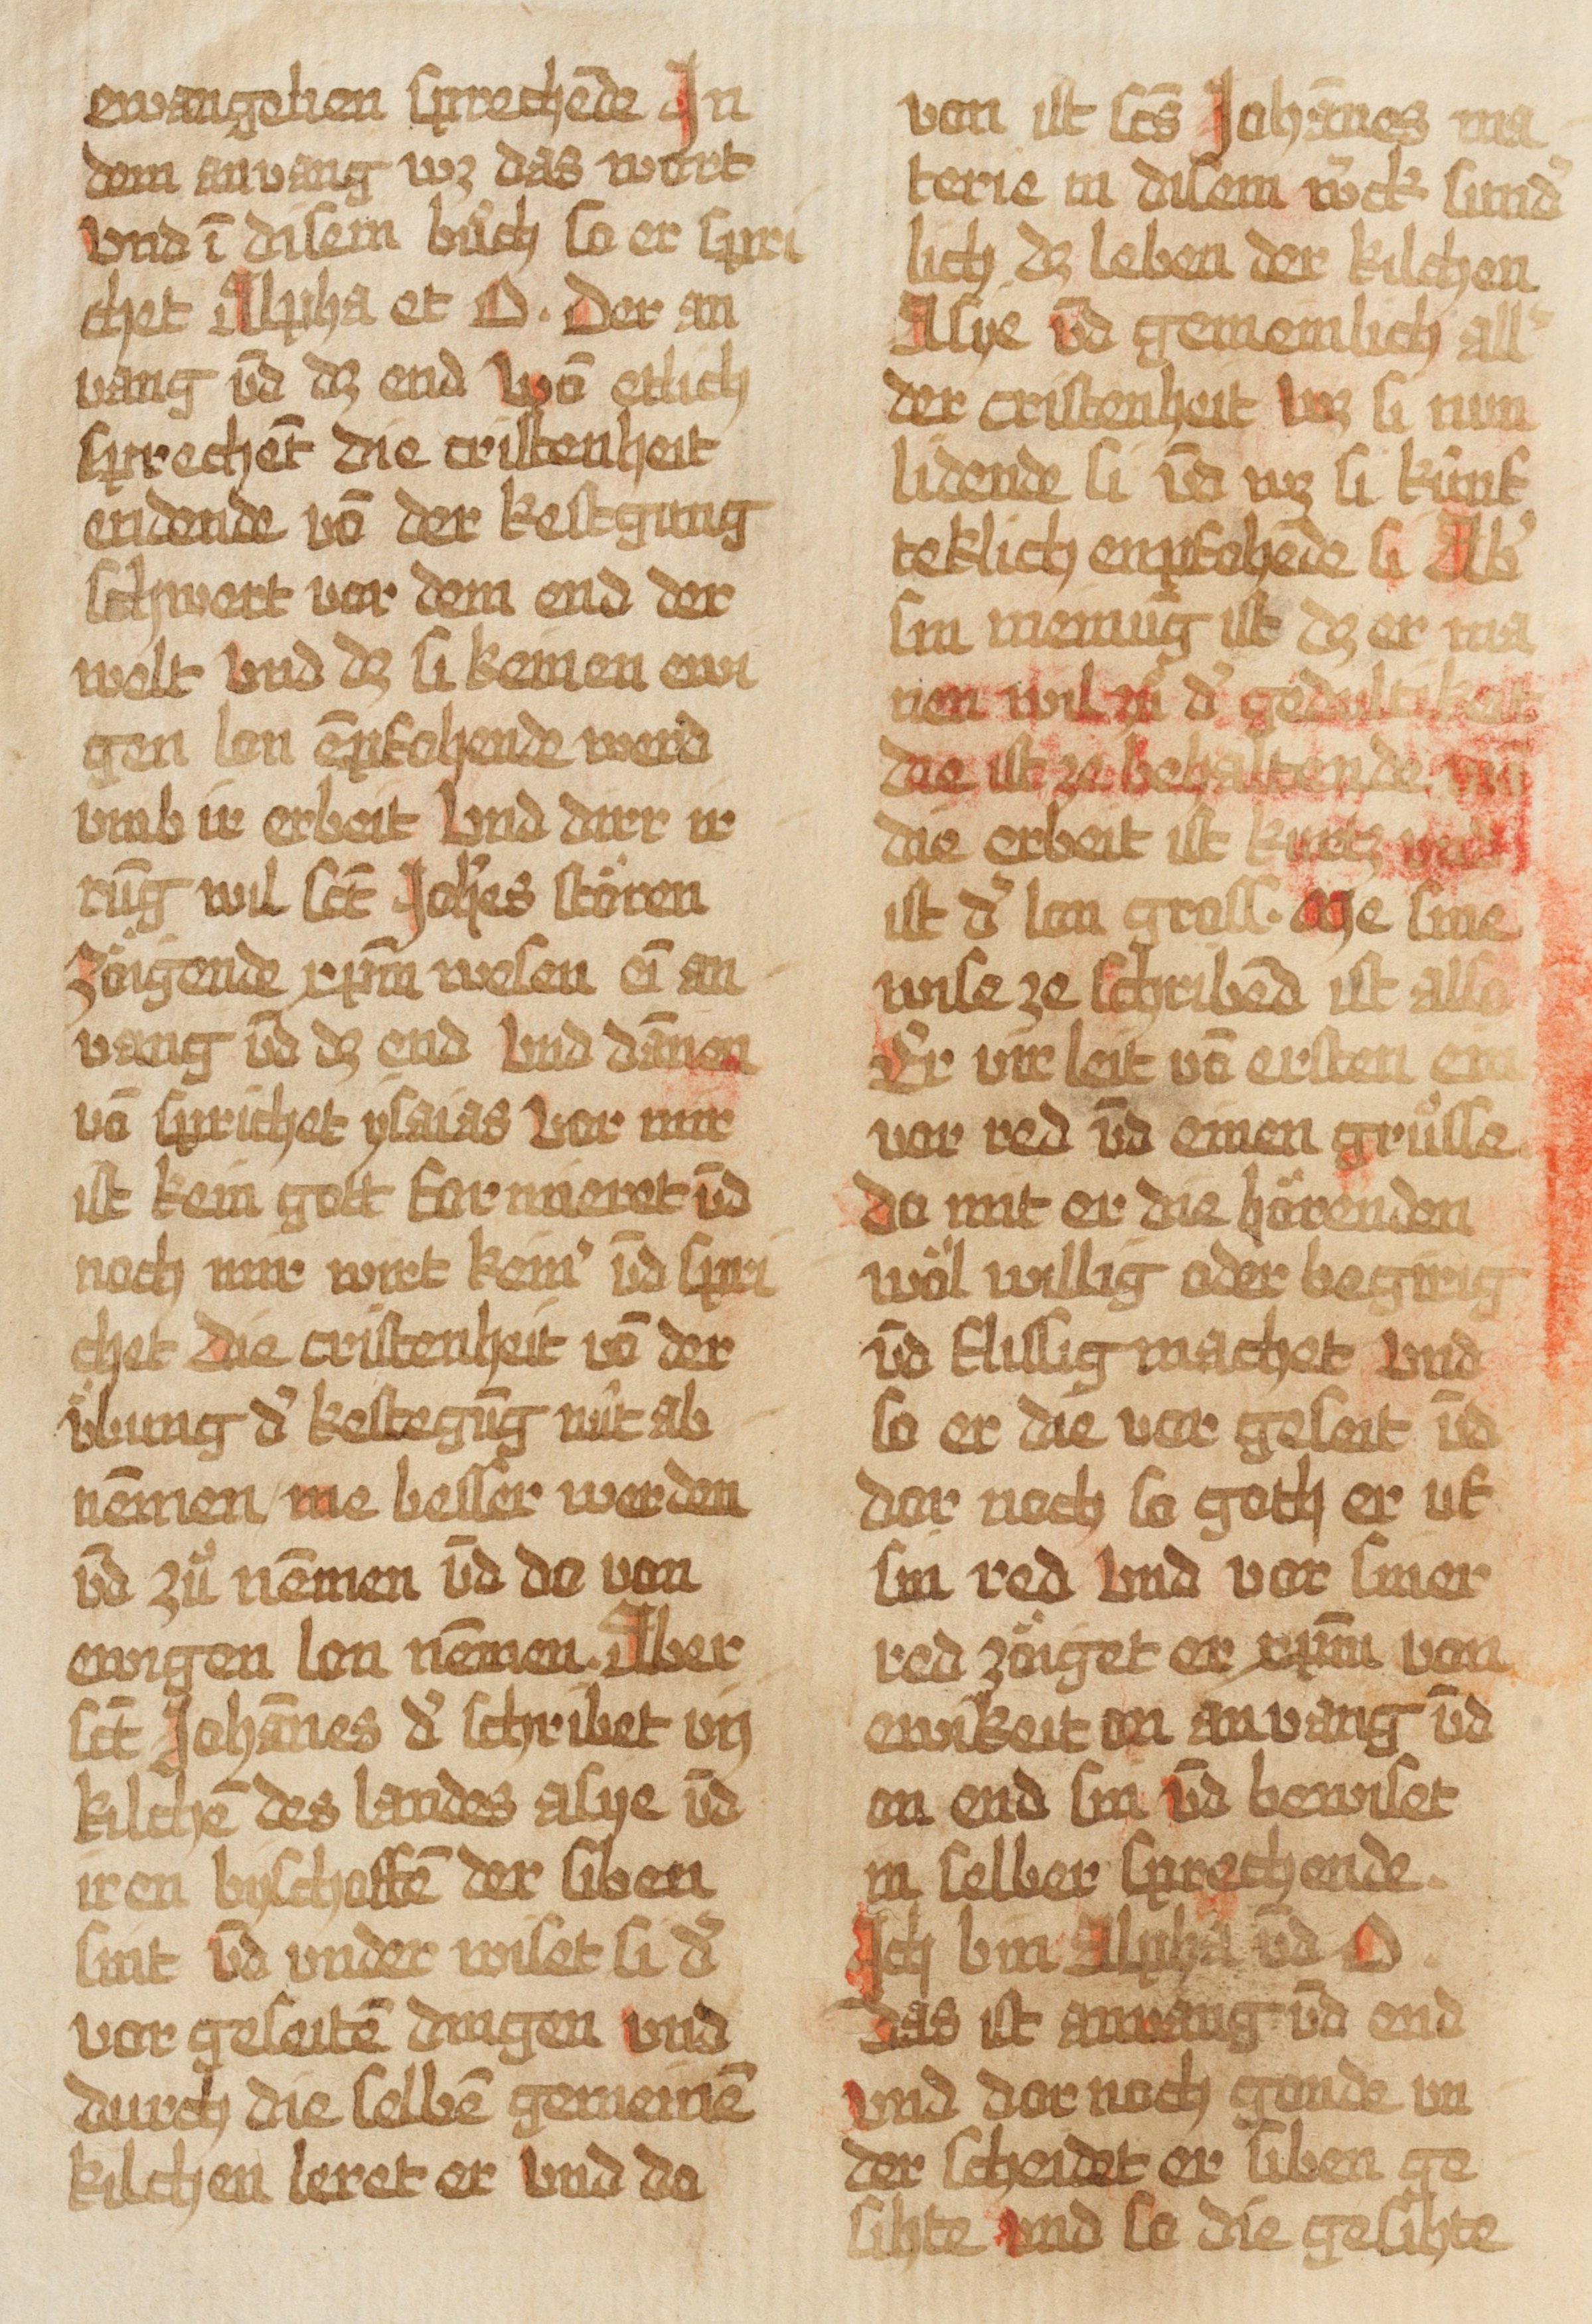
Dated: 1493–1493